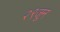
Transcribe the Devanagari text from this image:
२९जून